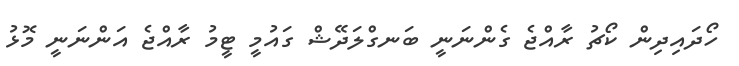
ހޯދައިދިން ކޯޗު ރާއްޖެ ގެންނަނީ ބަނގްލަދޭޝް ގައުމީ ޓީމު ރާއްޖެ އަންނަނީ މޮޅު